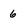
Character: 6